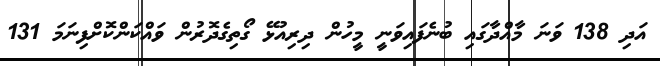
އަދި 138 ވަނަ މާއްދާގައި ބުނެފައިވަނީ މީހުން ދިރިއުޅޭ ގޯތިގެދޮރުން ވައްކަންކޮށްފިނަމަ 131